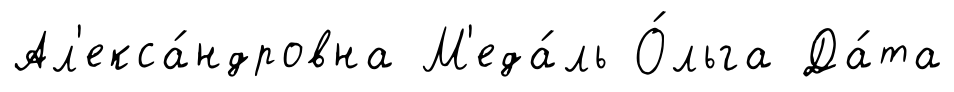
Ал'екса́ндровна М'еда́ль О́льга Да́та